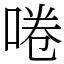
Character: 啳